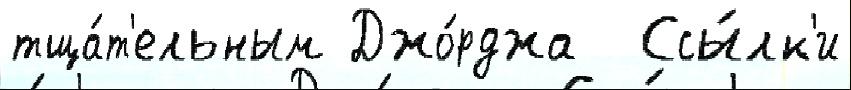
тща́т'ельным Джо́рджа  Ссы́лк'и